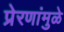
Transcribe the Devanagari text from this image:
प्रेरणांमुळे